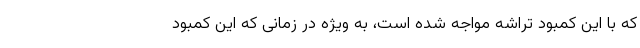
که با این کمبود تراشه مواجه شده است، به ویژه در زمانی که این کمبود